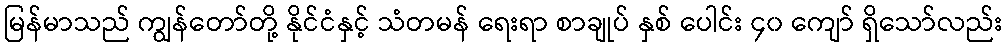
မြန်မာသည် ကျွန်တော်တို့ နိုင်ငံနှင့် သံတမန် ရေးရာ စာချုပ် နှစ် ပေါင်း ၄၀ ကျော် ရှိသော်လည်း